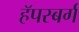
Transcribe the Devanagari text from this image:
हॅपस्बर्ग